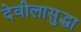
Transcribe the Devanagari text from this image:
देवीलासुद्धा